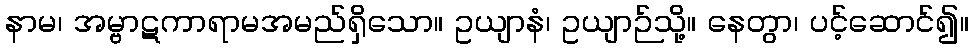
နာမ၊ အမ္ဗာဋကာရာမအမည်ရှိသော။ ဥယျာနံ၊ ဥယျာဉ်သို့။ နေတွာ၊ ပင့်ဆောင်၍။